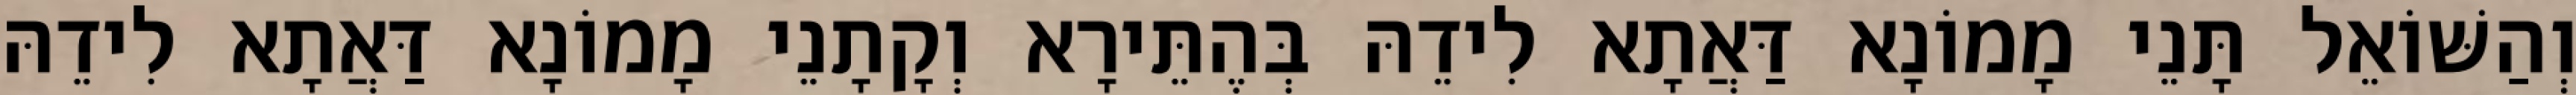
וְהַשּׁוֹאֵל תָּנֵי מָמוֹנָא דַּאֲתָא לִידֵהּ בְּהֶתֵּירָא וְקָתָנֵי מָמוֹנָא דַּאֲתָא לִידֵהּ